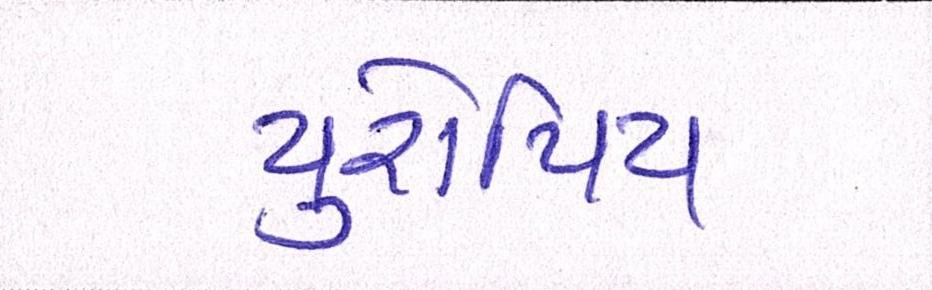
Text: યુરોપિય